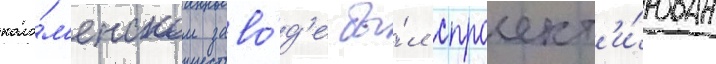
коло́м'енском заво́д'е бы́л спроект'и́рован